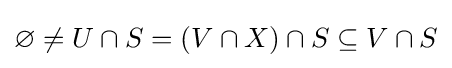
\varnothing \neq U\cap S=(V\cap X)\cap S\subseteq V\cap S